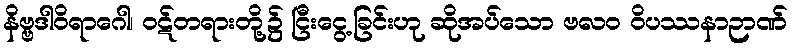
နိဗ္ဗဒါဝိရာဂေါ၊ ဝဋ်တရားတို့၌ ငြီးငွေ့ခြင်းဟု ဆိုအပ်သော ဗလဝ ဝိပဿနာဉာဏ်